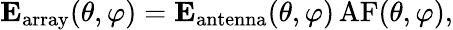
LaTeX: \mathbf{E}_{\mathrm{array}}(\theta,\varphi)=\mathbf{E}_{\mathrm{antenna}}(\theta,\varphi)\, \mathrm{AF}(\theta,\varphi),